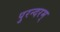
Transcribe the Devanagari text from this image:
पुरन्दरम्